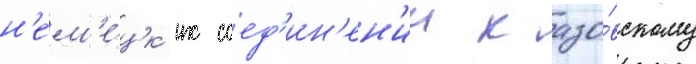
н'ем'е́цк'их соед'ин'ен'ии к азо́вскому